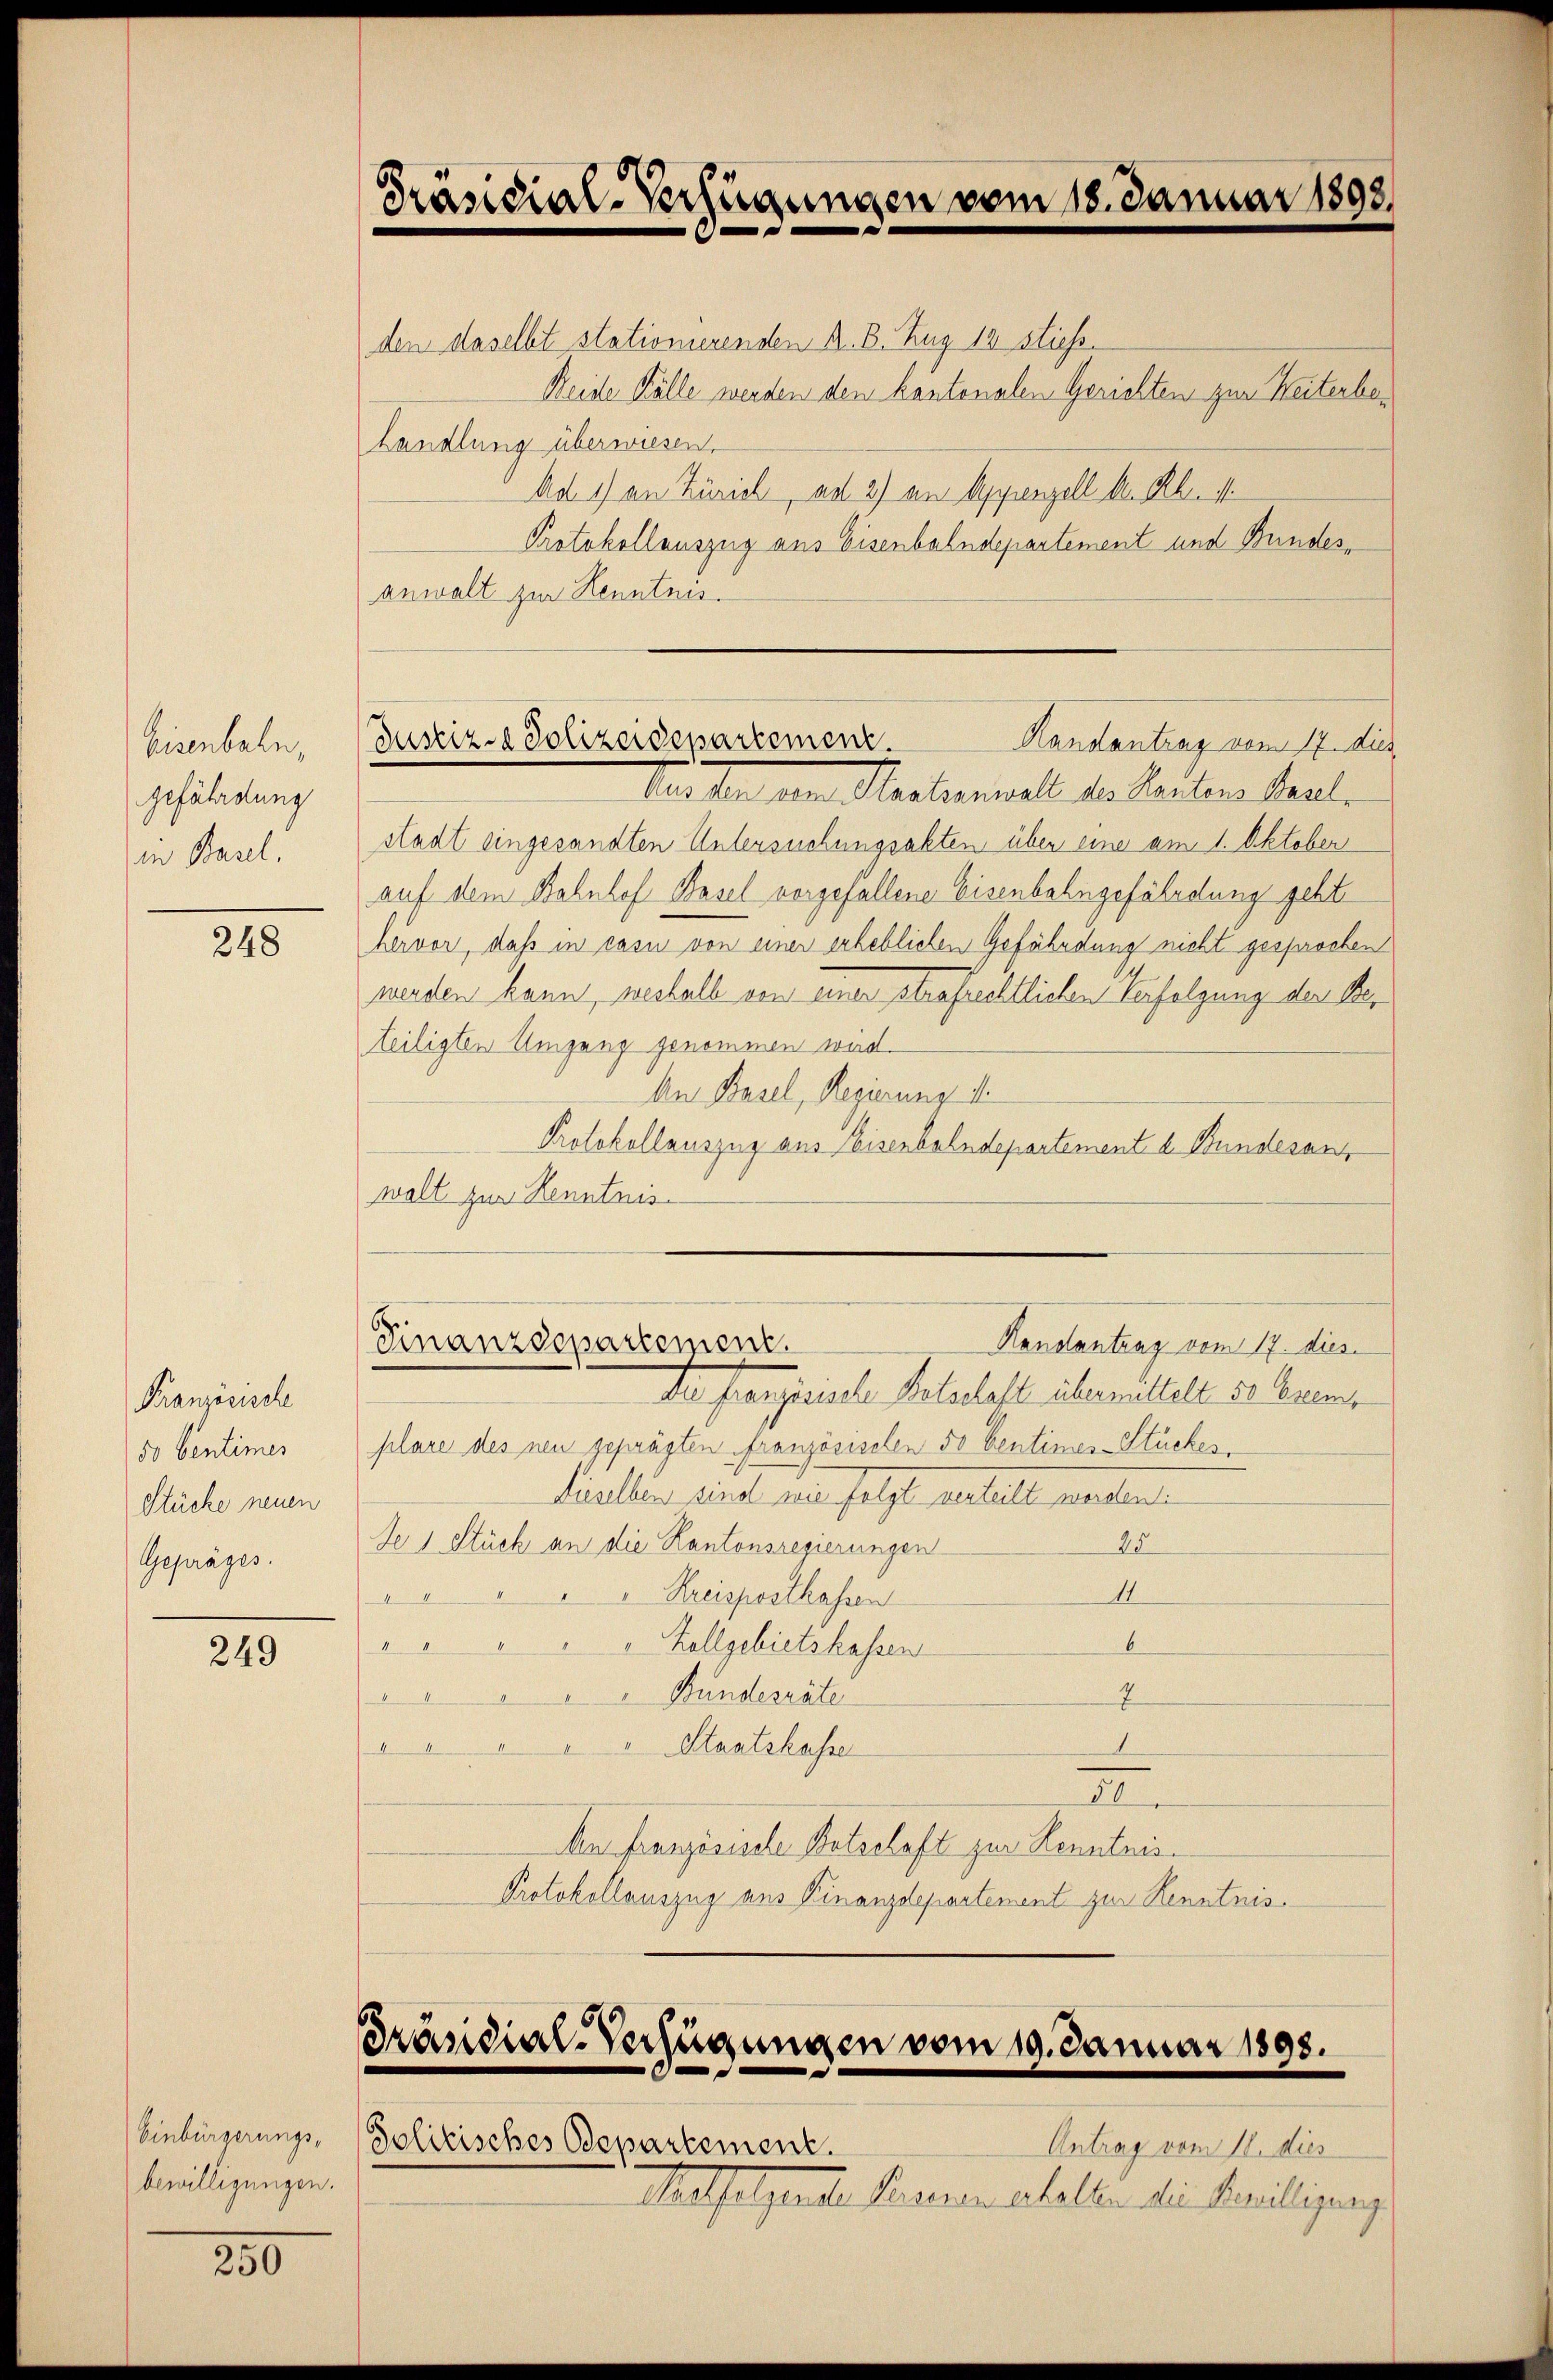
Eisenbahn,
gefährdung
in Basel,

248

Französische
50 Centimes
Stücke neuen
Gepräges.

249

Einbürgerungsbewilligungen.

250

Präsidial-Verfügungen vom 18. Januar 1898.
e

den daselbt stationierenden A. B. Zug 18 Stiess
Reide Fälle werden den kantonalen Gerichten zur Weiterbehandlung überwiesen.
Ad 1) an Zürich ad 2) an Appenzell den leist
Protokollauszug aus Eisenbahndepartement und Bundesanwalt zur Kenntnis.

Justiz- & Polizeidepartement.
Kandantrag vom 17. dies

Des fern dem Herberall die Karten Maul-
stadt eingesandten Untersuchungsakten über eine am 1. Oktober
auf dem Bahnhof Basel vorgefallene Eisenbahngefährdung geht
hervor, daß in casu von einer erheblichen Gefährdung nicht gesprochen
werden kann, weshalb von einer strafrechtlichen Verfolgung der Beteiligten Umgang genommen wird.
An Basel, Regierung ist.
Protokollauszug aus Eisenbahndepartement u. Bundesan
walt zur Kenntnis
b.
einanzdepartement.
Handantrag vom 17. dies
da französische Kolschaft übermittelt er biens
plare des neu geprägten französischen 50 Centimes Stückes.
dieselben sind wie folgt verteilt worden:
De 1 Stück an die Kantonsregierungen
25
14
"Kreispostkassen
Zollgebietskassen
6
A
Bundesräte
7

.
 " " " Staatskasser
II
An Französische Ortschaft zur Kenntnis.
Protokollauszug aus Kinanzdepartement zur Kenntnis

Präsidial-Verfügungen vom 19. Januar 1893.

Solitisches Departement.
Antrag vom 18. dies
aassetzenten Krauenstellen die Beweiligung